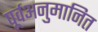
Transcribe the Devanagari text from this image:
पूर्वअनुमानित